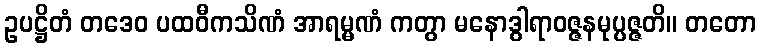
ဥပဋ္ဌိတံ တဒေဝ ပထဝီကသိဏံ အာရမ္မဏံ ကတွာ မနောဒွါရာဝဇ္ဇနမုပ္ပဇ္ဇတိ။ တတော